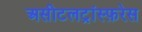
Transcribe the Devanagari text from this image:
असीटलट्रांस्फ़रेस